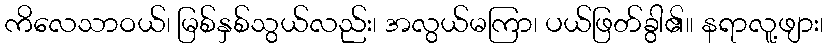
ကိလေသာဝယ်၊ မြစ်နှစ်သွယ်လည်း၊ အလွယ်မကြာ၊ ပယ်ဖြတ်ခွါ၏၊၊ နရာလူ့ဖျား၊